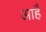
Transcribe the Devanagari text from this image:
आहै